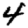
Digit: 4